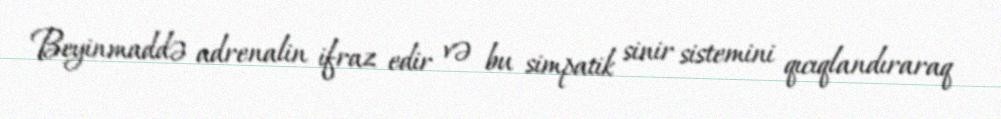
Beyinmaddə adrenalin ifraz edir və bu simpatik sinir sistemini qıcıqlandıraraq